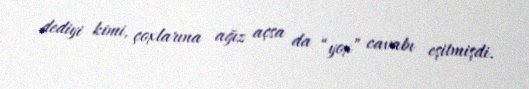
dediyi kimi, çoxlarına ağız açsa da “yox” cavabı eşitmişdi.